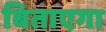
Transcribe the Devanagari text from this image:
बिताएगा